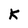
Character: k